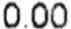
0.00